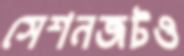
সেশনজটও